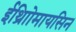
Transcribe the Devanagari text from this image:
ईथ्राोिमायसिन